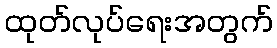
ထုတ်လုပ်ရေးအတွက်